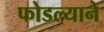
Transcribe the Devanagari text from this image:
फोडल्याने